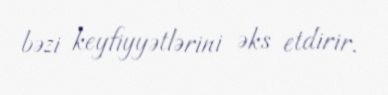
bəzi keyfiyyətlərini əks etdirir.